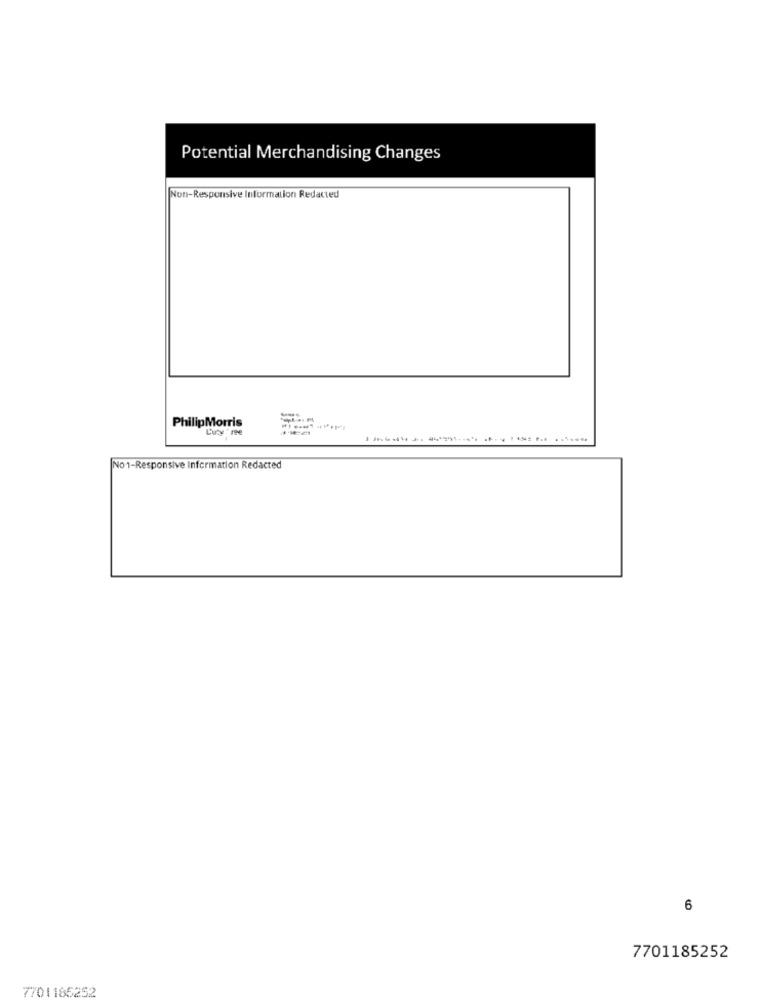
Potential Merchandising Changes
Non-Responsive Information Redacted
PhilipMorris
Luty 'ne
No1-Responsive Information Redacted
6
7701185252
7701185252